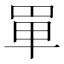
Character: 𠦤